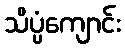
သိပ္ပံကျောင်း